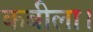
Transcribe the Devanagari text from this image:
कबीला।